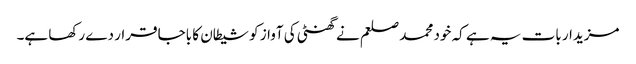
مزیدار بات یہ ہے کہ خود محمد صلعم نے گھنٹی کی آواز کو شیطان کا باجا قرار دے رکھا ہے۔